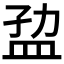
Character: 𰅐